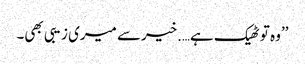
’’وہ تو ٹھیک ہے….خیرسے میری زیبی بھی۔